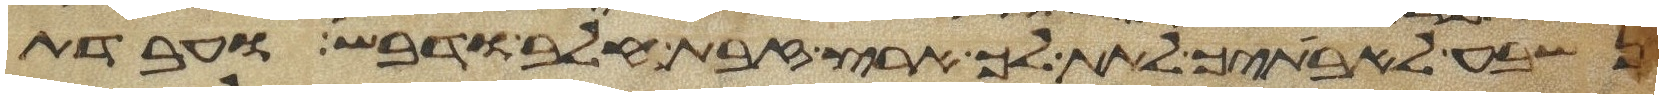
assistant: נשבע לאבתיך לתת לך ארץ זבת חלב ודבש ועבדת